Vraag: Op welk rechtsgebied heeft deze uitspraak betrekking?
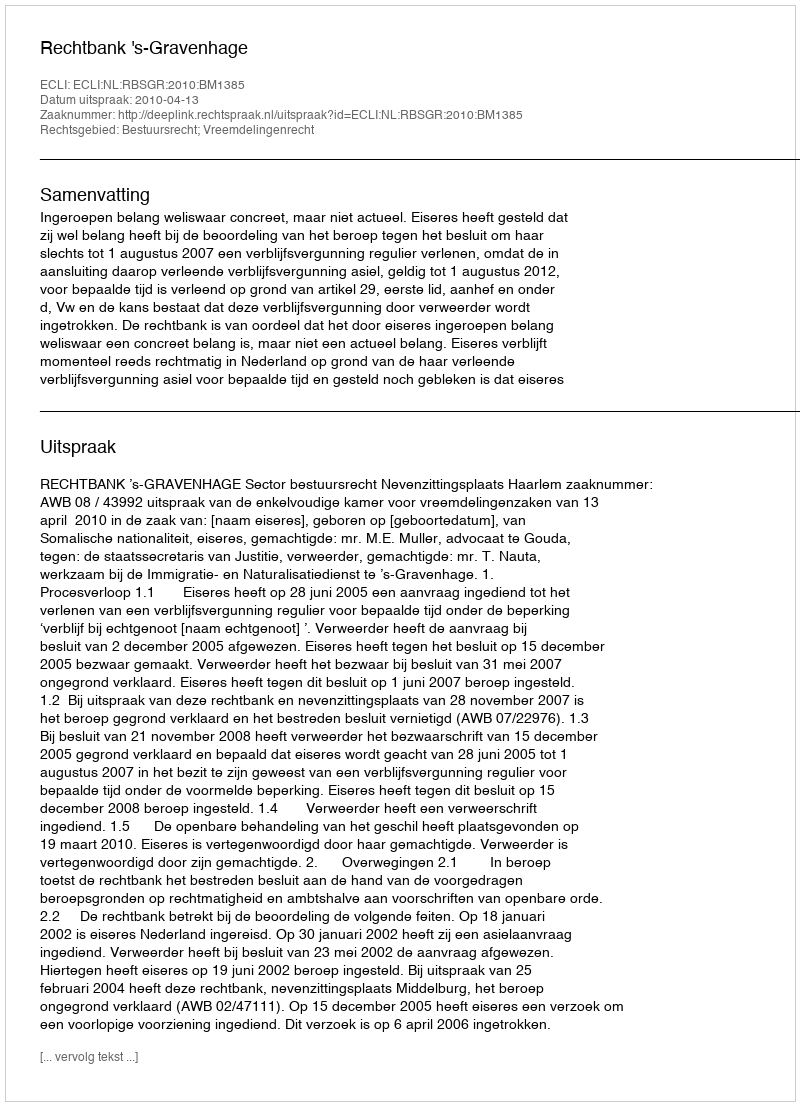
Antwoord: Bestuursrecht; Vreemdelingenrecht